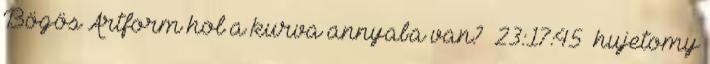
Bögös Artform hol a kurva annyaba van? 23:17:45 hujetomy